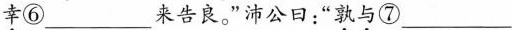
\underset{·}{幸}⑥___来告良。”沛公日：”\underset{·}{孰}\underset{·}{与}⑦___